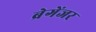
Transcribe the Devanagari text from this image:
ब्रेगेंजर